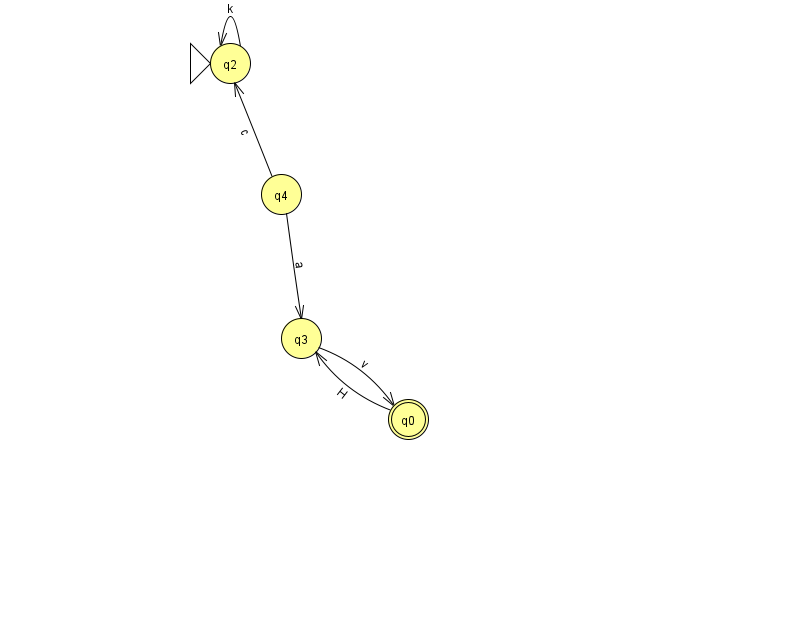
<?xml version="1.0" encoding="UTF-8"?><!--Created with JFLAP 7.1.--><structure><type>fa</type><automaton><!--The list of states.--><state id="0" name="q0"><x>408.0</x><y>406.0</y><final/></state><state id="2" name="q2"><x>230.0</x><y>50.0</y><initial/></state><state id="3" name="q3"><x>301.0</x><y>325.0</y></state><state id="4" name="q4"><x>281.0</x><y>181.0</y></state><!--The list of transitions.--><transition><from>3</from><to>0</to><read>v</read></transition><transition><from>4</from><to>2</to><read>c</read></transition><transition><from>2</from><to>2</to><read>k</read></transition><transition><from>0</from><to>3</to><read>H</read></transition><transition><from>4</from><to>3</to><read>a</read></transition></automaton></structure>